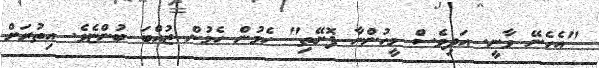
"އެހެނޭ ވާނީ. އަދިވެސް މީހުންނާ ފޮށޭތި" ހެމުން ހެމުން ޒުއްބަ ބުންޏެވެ. އިތުރަށް